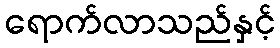
ရောက်လာသည်နှင့်